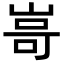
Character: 𭖫